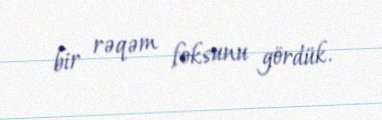
bir rəqəm foksunu gördük.